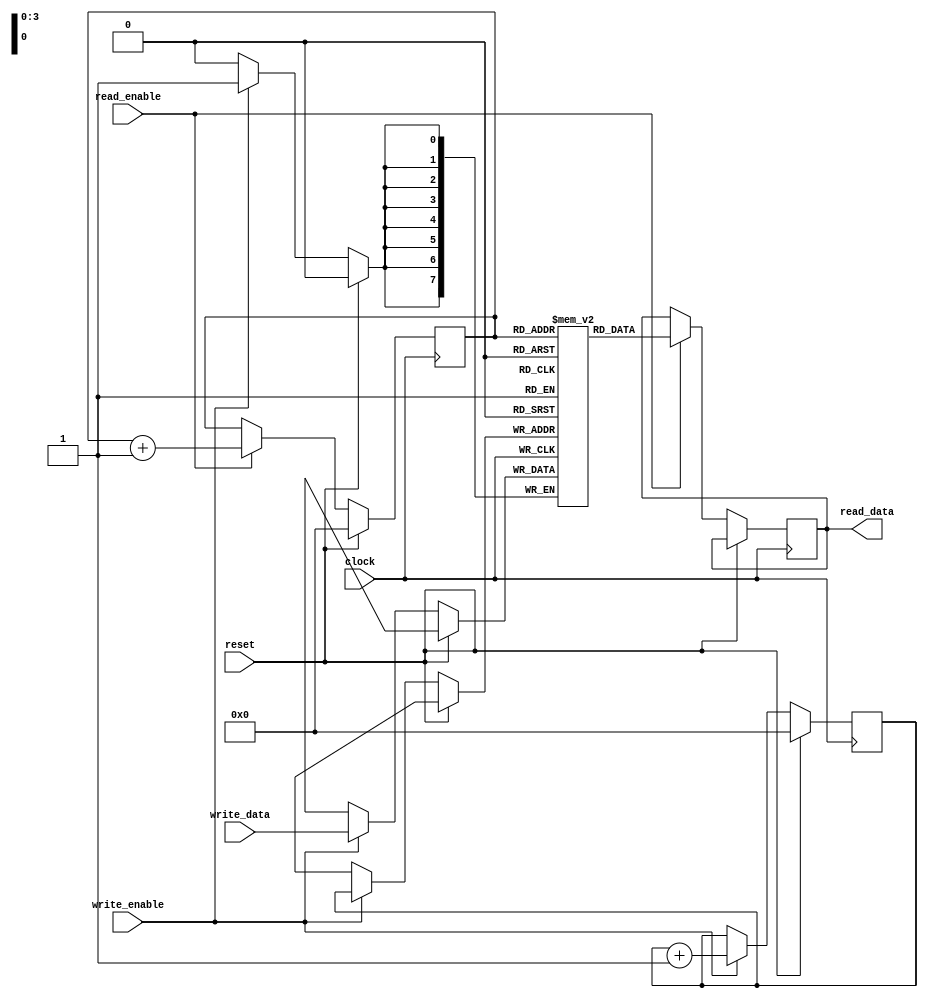
module fifo_buffer (
    input wire clock,
    input wire reset,
    input wire write_enable,
    input wire read_enable,
    input wire [DATA_WIDTH-1:0] write_data,
    output reg [DATA_WIDTH-1:0] read_data
);

parameter DATA_WIDTH = 8;

reg [DATA_WIDTH-1:0] ram [0:15];
reg [3:0] write_pointer;
reg [3:0] read_pointer;

always @ (posedge clock) begin
    if (reset) begin
        write_pointer <= 0;
        read_pointer <= 0;
    end else begin
        if (write_enable) begin
            ram[write_pointer] <= write_data;
            write_pointer <= write_pointer + 1;
        end
        
        if (read_enable) begin
            read_data <= ram[read_pointer];
            read_pointer <= read_pointer + 1;
        end
    end
end

endmodule